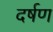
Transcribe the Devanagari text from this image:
दर्षण